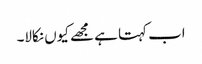
اب کہتا ہے مجھے کیوں نکالا۔